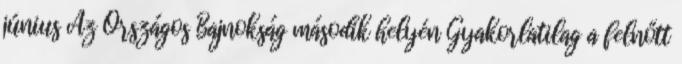
június Az Országos Bajnokság második helyén Gyakorlatilag a felnőtt